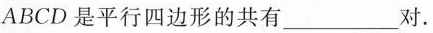
ABCD是平行四边形的共有___对.